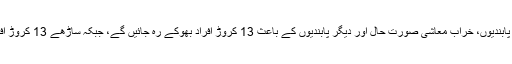
وباء کے باعث سیاحت نہ ہونے، سفری پابندیوں، خراب معاشی صورتِ حال اور دیگر پابندیوں کے باعث 13 کروڑ افراد بھوکے رہ جائیں گے، جبکہ ساڑھے 13 کروڑ افراد پہلے ہی اس کیٹیگری میں شامل ہیں۔